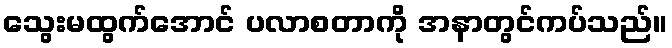
သွေးမထွက်အောင် ပလာစတာကို အနာတွင်ကပ်သည်။